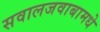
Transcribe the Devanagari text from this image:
सवालजवाबामधे